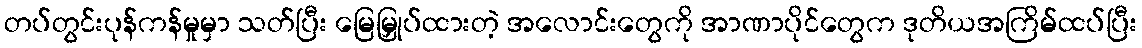
တပ်တွင်းပုန်ကန်မှုမှာ သတ်ပြီး မြေမြှုပ်ထားတဲ့ အလောင်းတွေကို အာဏာပိုင်တွေက ဒုတိယအကြိမ်ထပ်ပြီး